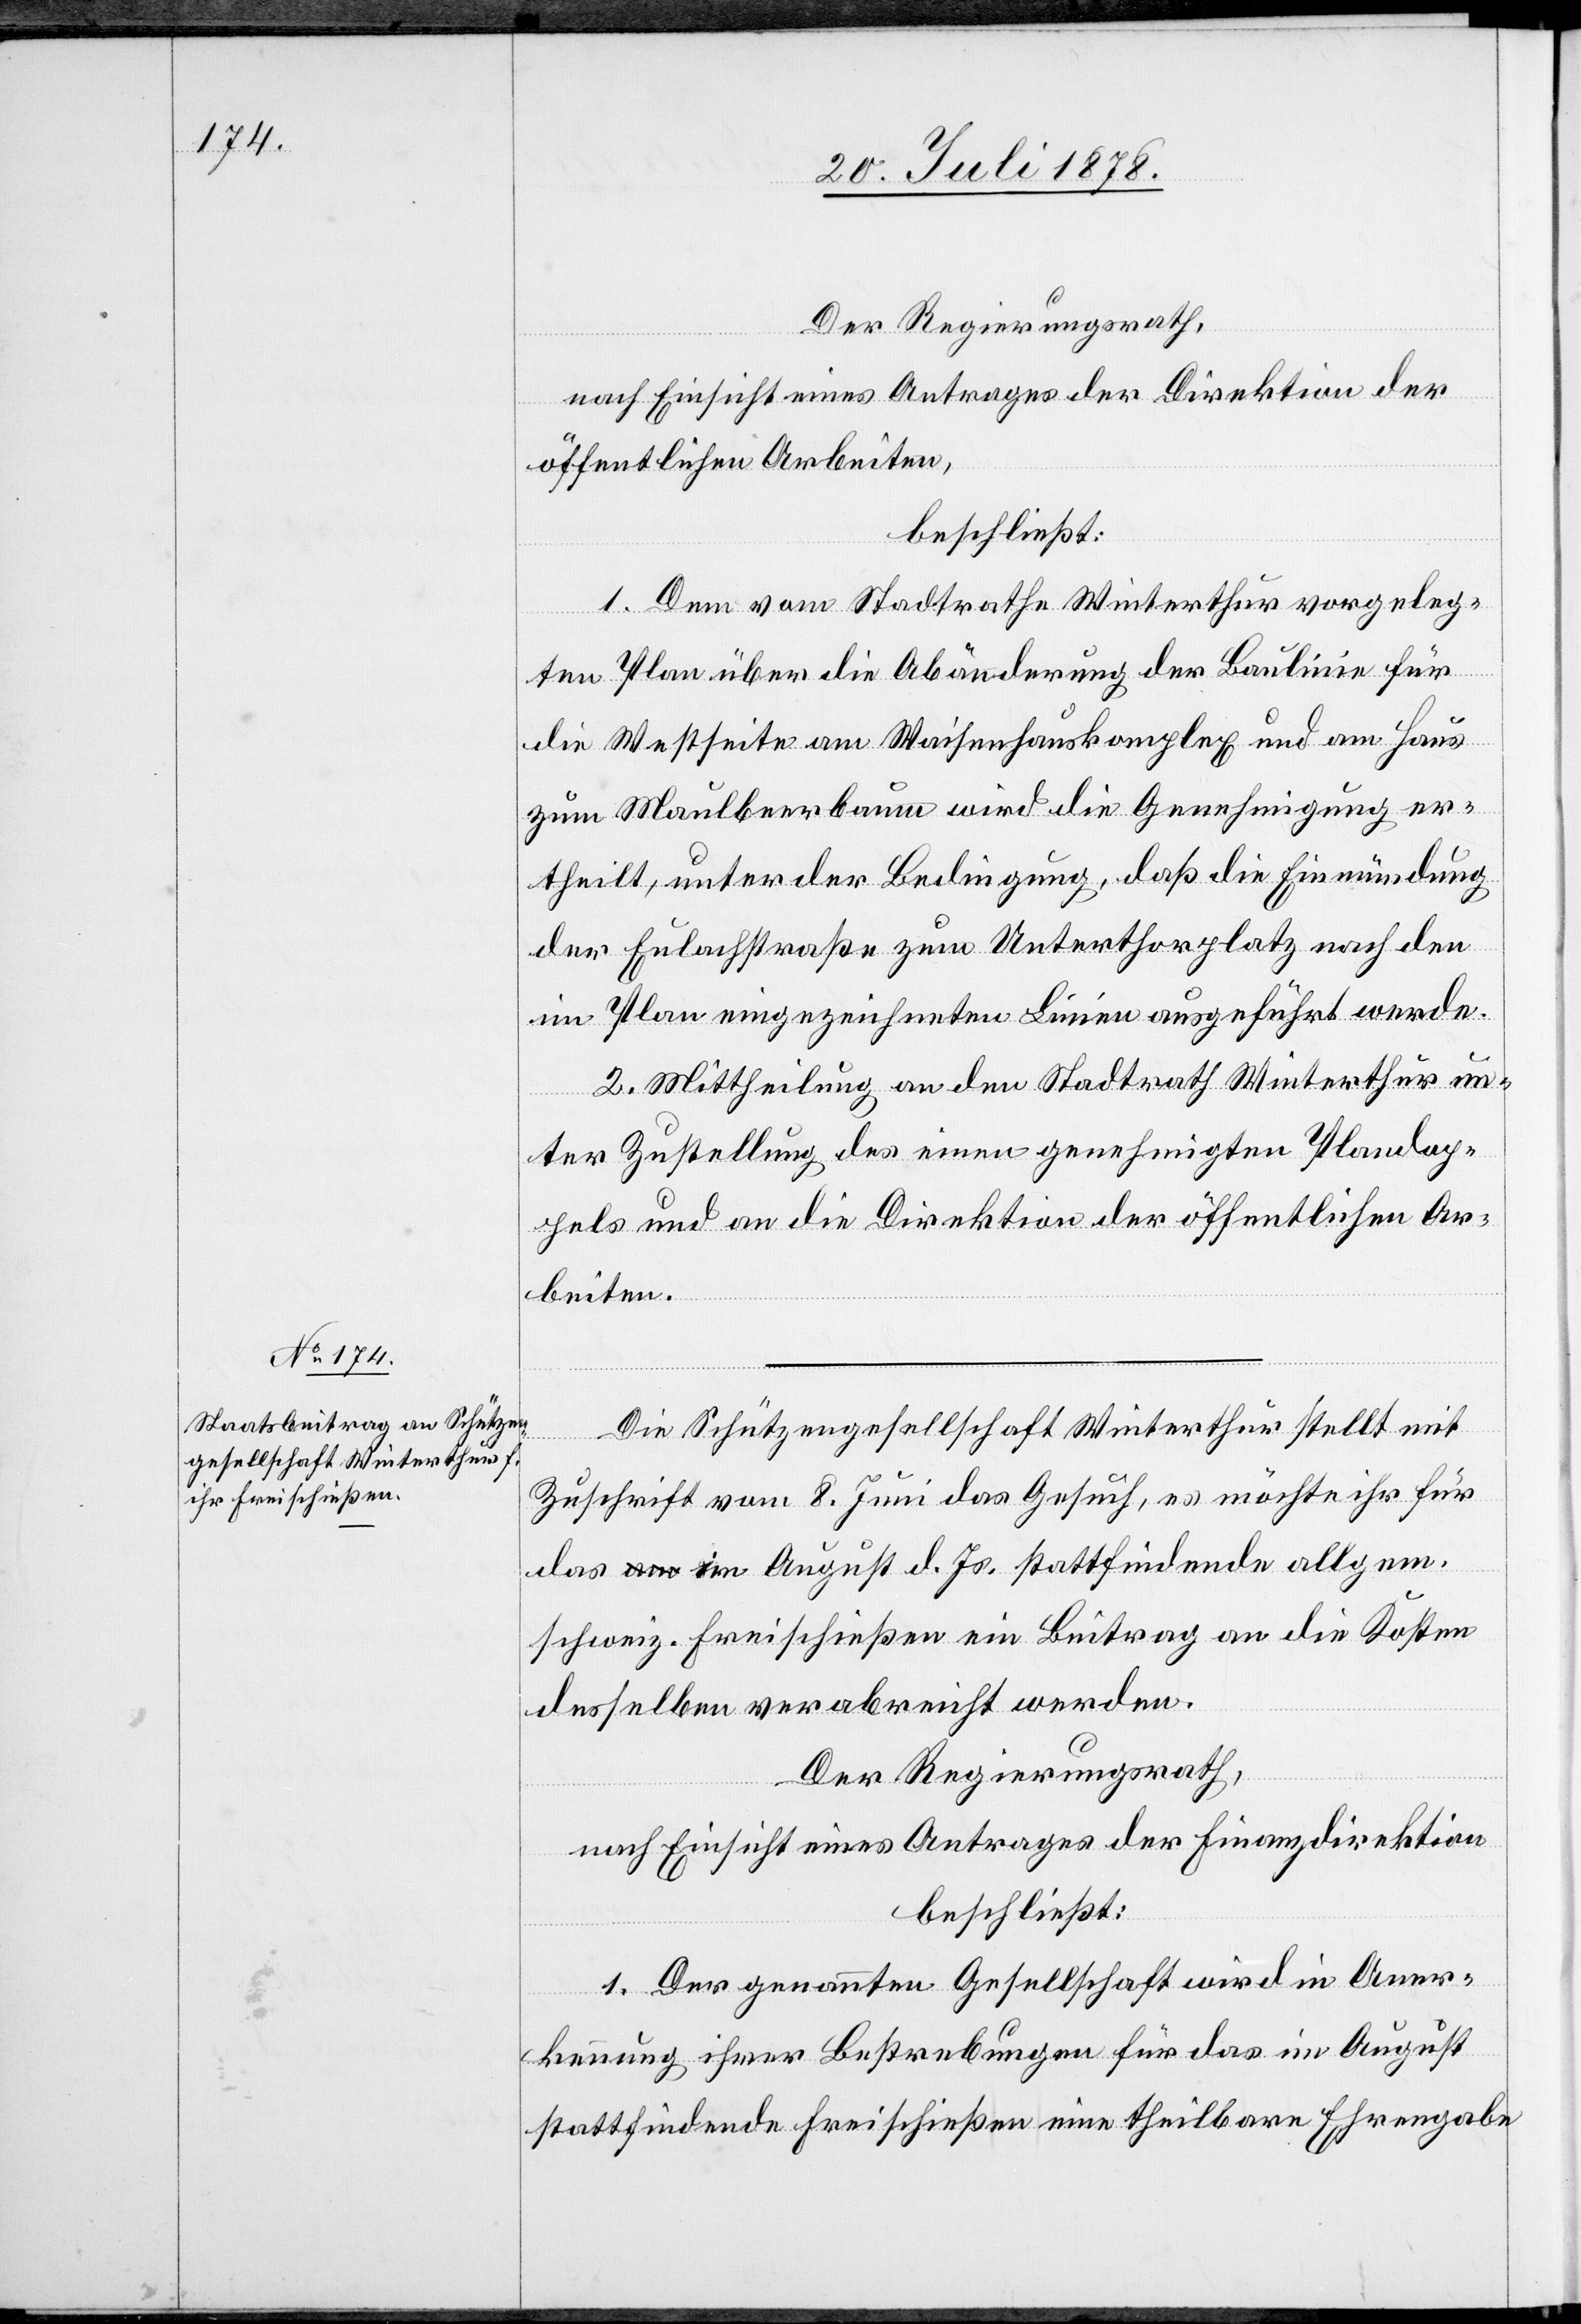
Der Regierungsrath
nach Einsicht eines Antrages der Direktion der
öffentlichen Arbeiten,
beschließt:
1. Dem vom Stadtrathe Winterthur vorgeleg¬
ten Plan über die Abänderung der Baulinie für
die Westseite am Waisenhauskomplex und am Haus
zum Maulbeerbaum wird die Genehmigung er¬
theilt, unter der Bedingung, daß die Einmündung
der Eulachstraße zum Unterthorplatz nach den
im Plan eingezeichneten Linien ausgeführt werde.
2. Mittheilung an den Stadtrath Winterthur un¬
ter Zustellung des einen genehmigten Plandop¬
pels und an die Direktion der öffentlichen Ar¬
beiten.
Die Schützengesellschaft Winterthur stellt mit
Zuschrift vom 8. Juni das Gesuch, es möchte ihr für
das im August d. Js. stattfindende allgem.
schweiz. Freischießen ein Beitrag an die Kosten
desselben verabreicht werden.
Der Regierungsrath,
nach Einsicht eines Antrages der Finanzdirektion
beschließt:
1. Der genannten Gesellschaft wird in Aner¬
kennung ihrer Bestrebungen für das im August
stattfindende Freischießen eine theilbare Ehrengabe